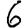
Digit: 6